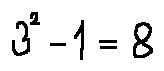
3 ^ { 2 } - 1 = 8